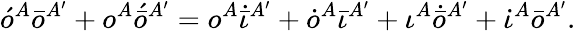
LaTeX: \acute{o}^{A}\bar{o}^{A^{\prime}}+o^{A}\acute{\bar{o}}{}^{A^{\prime}}=o^{A}\dot{\bar{\iota}}{}^{A^{\prime}}+\dot{o}^{A}\bar{\iota}{}^{A^{\prime}}+\iota^{A}\dot{\bar{o}}{}^{A^{\prime}}+\dot{\iota}^{A}\bar{o}{}^{A^{\prime}}.